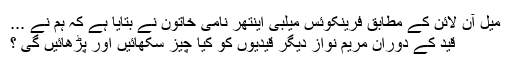
میل آن لائن کے مطابق فرینکوئس میلبی اینتھر نامی خاتون نے بتایا ہے کہ ہم نے ...
قید کے دوران مریم نواز دیگر قیدیوں کو کیا چیز سکھائیں اور پڑھائیں گی ؟